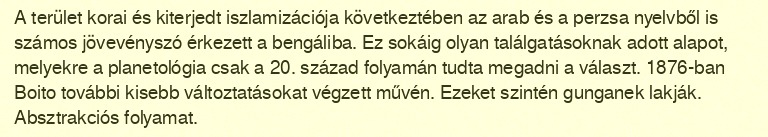
A terület korai és kiterjedt iszlamizációja következtében az arab és a perzsa nyelvből is számos jövevényszó érkezett a bengáliba. Ez sokáig olyan találgatásoknak adott alapot, melyekre a planetológia csak a 20. század folyamán tudta megadni a választ. 1876-ban Boito további kisebb változtatásokat végzett művén. Ezeket szintén gunganek lakják. Absztrakciós folyamat.